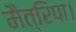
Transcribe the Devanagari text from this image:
मैत्रिपा।